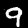
Digit: 9